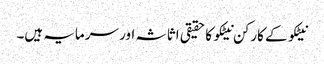
نیٹکو کے کارکن نیٹکو کا حقیقی اثاثہ اور سرمایہ ہیں۔